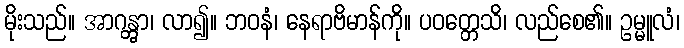
မိုးသည်။ အာဂန္တွာ၊ လာ၍။ ဘဝနံ၊ နေရာဗိမာန်ကို။ ပဝတ္တေသိ၊ လည်စေ၏။ ဥမ္မူလံ၊